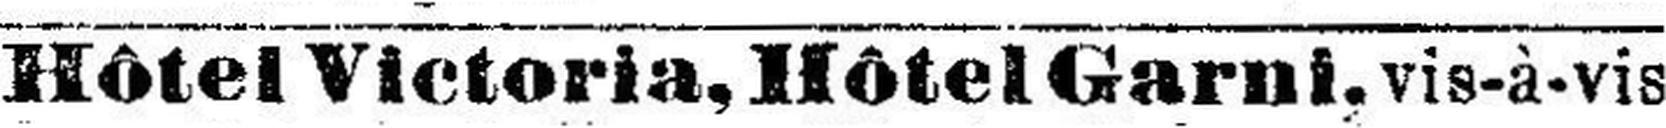
Hôtel Victoria, Hôtel Garni, vis-à-vis